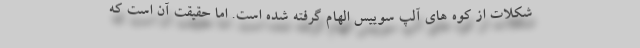
شکلات از کوه های آلپ سوییس الهام گرفته شده است. اما حقیقت آن است که